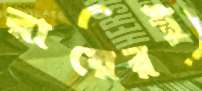
রায়েরই